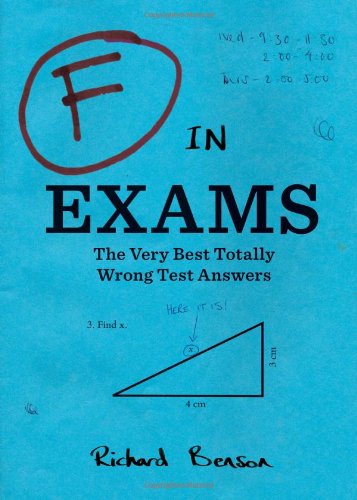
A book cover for F in Exams: The Very Best Totally Wrong Test Answers; Richard Benson; Humor & Entertainment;